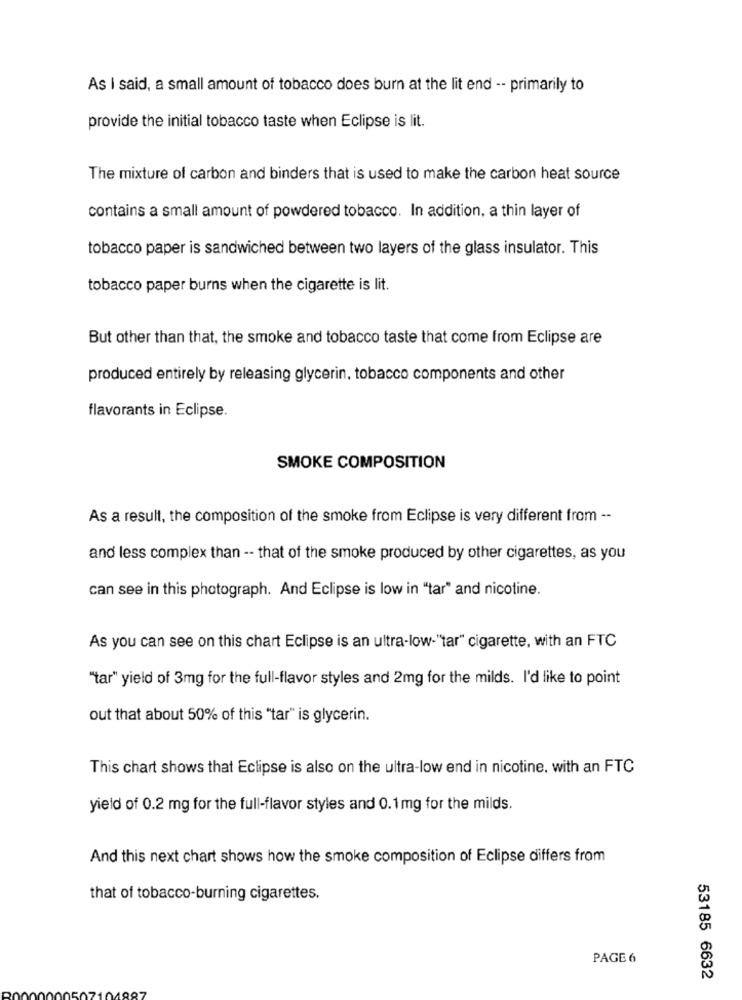
As I said, a small amount of tobacco does burn at the lit end -- primarily to
provide the initial tobacco taste when Eclipse is lit.
The mixture of carbon and binders that is used to make the carbon heat source
contains a small amount of powdered tobacco. In addition, a thin layer of
tobacco paper is sandwiched between two layers of the glass insulator. This
tobacco paper burns when the cigarette is lit.
But other than that, the smoke and tobacco taste that come from Eclipse are
produced entirely by releasing glycerin, tobacco components and other
flavorants in Eclipse.
SMOKE COMPOSITION
As a result, the composition of the smoke from Eclipse is very different from --
and less complex than -- that of the smoke produced by other cigarettes, as you
can see in this photograph. And Eclipse is low in "tar" and nicotine.
As you can see on this chart Eclipse is an ultra-low-"tar" cigarette, with an FTC
"tar" yield of 3mg for the full-flavor styles and 2mg for the milds. I'd like to point
out that about 50% of this "tar" is glycerin.
This chart shows that Eclipse is also on the ultra-low end in nicotine. with an FTC
yield of 0.2 mg for the full-flavor styles and 0.1mg for the milds.
And this next chart shows how the smoke composition of Eclipse differs from
that of tobacco-burning cigarettes.
PAGE 6
53185 6632